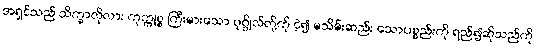
အရှင်သည် သိက္ခာလိုလား ကုက္ကုစ္စ ကြီးမားသော ပုဂ္ဂိုလ်တို့ကို ငဲ့၍ မသိမ်းဆည်း သောပစ္စည်းကို ရည်၍ဆိုသည်ကို